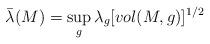
LaTeX: \begin{align*}\bar{\lambda}(M)=\sup_{g}\lambda_{g}[vol(M,g)]^{1/2}\end{align*}